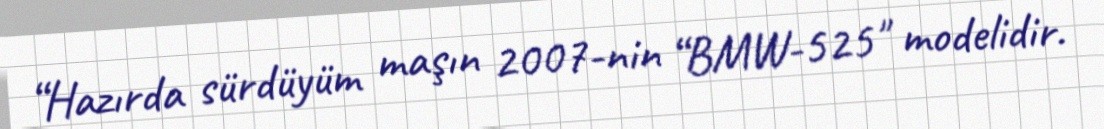
“Hazırda sürdüyüm maşın 2007-nin “BMW-525" modelidir.